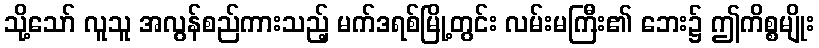
သို့သော် လူသူ အလွန်စည်ကားသည့် မက်ဒရစ်မြို့တွင်း လမ်းမကြီး၏ ဘေး၌ ဤကိစ္စမျိုး